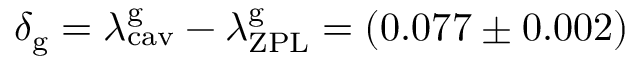
\delta _ { \mathrm { g } } = \lambda _ { \mathrm { c a v } } ^ { \mathrm { g } } - \lambda _ { \mathrm { Z P L } } ^ { \mathrm { g } } = ( 0 . 0 7 7 \pm 0 . 0 0 2 )